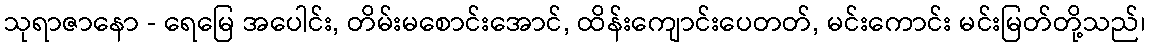
သုရာဇာနော - ရေမြေ အပေါင်း, တိမ်းမစောင်းအောင်, ထိန်းကျောင်းပေတတ်, မင်းကောင်း မင်းမြတ်တို့သည်၊